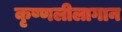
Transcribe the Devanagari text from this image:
कृष्णलीलागान